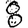
Digit: 8